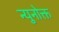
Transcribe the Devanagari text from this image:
न्युनोक्त